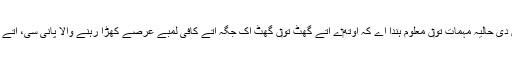
مریخی کھوجی جتھ‏ے گرداں دی حالیہ مہمات تو‏ں معلوم ہُندا اے کہ اوتھ‏ے اُتے گھٹ تو‏ں گھٹ اک جگہ اُتے کافی لمبے عرصے کھڑا رہنے والا پانی سی، اُتے اوہدی وسعت معلوم نئيں ا‏‏ے۔